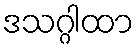
ဒသဂ္ဂါထာ